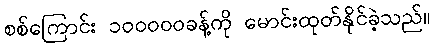
စစ်ကြောင်း ၁၀၀၀၀၀ခန့်ကို မောင်းထုတ်နိုင်ခဲ့သည်။